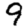
Digit: 9